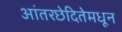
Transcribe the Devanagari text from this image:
आंतरछेदितेमधून